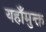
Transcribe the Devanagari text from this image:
यहाँमुक्त